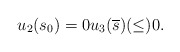
\begin{align*}u_2(s_0)=0 u_3(\overline{s})(\le) 0.\end{align*}